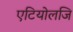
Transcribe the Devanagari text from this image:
एटियोलजि